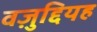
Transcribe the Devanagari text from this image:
वज़ुद्दियह